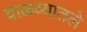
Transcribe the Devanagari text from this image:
वाळव्यातले